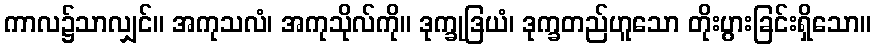
ကာလ၌သာလျှင်။ အကုသလံ၊ အကုသိုလ်ကို။ ဒုက္ခုဒြယံ၊ ဒုက္ခတည်ဟူသော တိုးပွားခြင်းရှိသော။